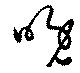
晩